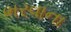
ભરવાના